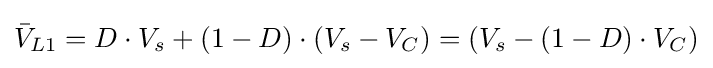
{\bar {V}}_{L1}=D\cdot V_{s}+\left(1-D\right)\cdot \left(V_{s}-V_{C}\right)=\left(V_{s}-(1-D)\cdot V_{C}\right)